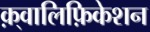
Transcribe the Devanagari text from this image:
क़्वालिफ़िकेशन